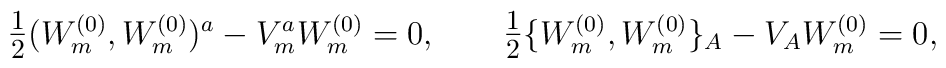
\hbox{\large $\frac{1}{2}$} ( W^{(0)}_m, W^{(0)}_m)^a - V_m^a W^{(0)}_m = 0,\qquad\hbox{\large $\frac{1}{2}$} \{ W^{(0)}_m, W^{(0)}_m \}_A - V_A W^{(0)}_m = 0,